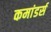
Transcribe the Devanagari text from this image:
कमांडर्स